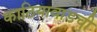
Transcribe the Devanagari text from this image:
काठियावाडची